Mental hospitals Bombay report 1921-28 - 1921-1928
Year: 1921
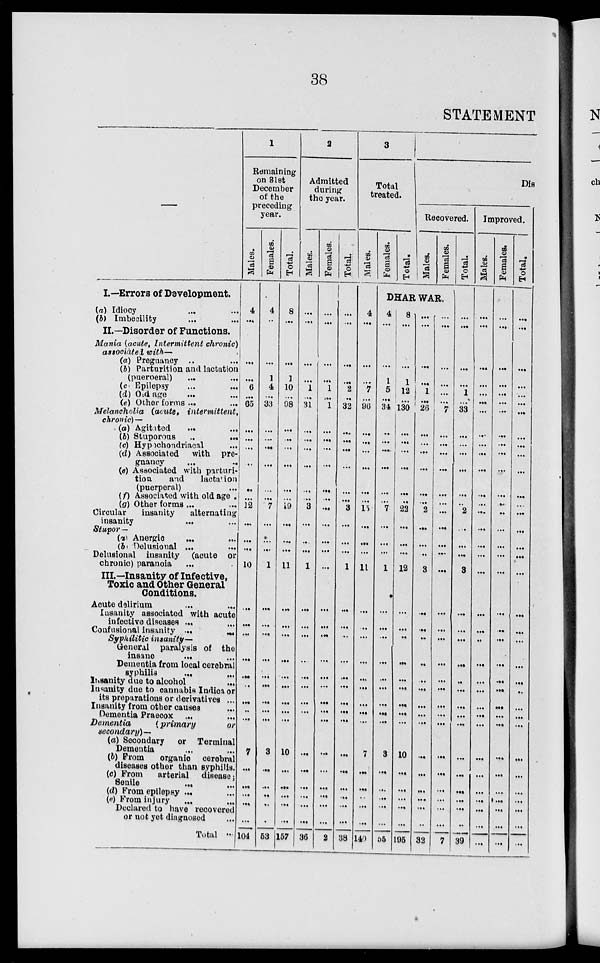
38
STATEMENT
I.—Errors of Development.
(a) Idiocy ... ...
(b) Imbecility ... ...
II.—Disorder of Functions.
Mania (acute, Intermittent chronic)
associated with—
(a) Pregnancy ... ...
(b) Parturition and lactation
(pueroeral) ... ...
(c) Epilepsy... ...
(d) Old age... ...
(e) Other forms ...
Melancholia (acute,
intermittent,
chronic)—
(a) Agitated ... ...
(b) Stuporous
...
...
(c) Hypochondriacal ...
(d) Associated
with pre-
gnancy
...
...
(a) Associated with parturi-
tion
and
lactation
(puerperal) ...
(f) Associated with old age .
(g) Other forms ... ...
Circular
insanity
alternating
insanity
...
...
Stupor—
(a) Anergic... ...
(b) Delusional ... ...
Delusional insanity (acute or
chronic) paranoia ...
III.—Insanity of Infective,
Toxic and Other General
Conditions.
Acute delirium
...
...
Insanity associated with acute
infective diseases
...
...
Confnsional insanity ...
...
Syphilitic insanity—
General paralysis of the
insane ... ...
Dementia from local cerebral
syphilis ... ...
Insanity due to alcohol
...
Insanity due to cannabis Indica or
its preparations or derivatives ...
Insanity from other causes ...
Dementia Praecox ... ...
Dementia
(primary
or
secondary)—
(a) Secondary
or Terminal
Dementia ... ...
(b) From organic cerebral
diseases other than syphilis.
(c) From
arterial disease;
Senile
... ...
(d) From epilepsy ... ...
(e) From injury... ...
Declared to have recovered
or not yet diagnosed ...
Total ...
1
Remaining
on 31st
December
of the
preceding
year.
Males.
4
...
...
...
6
...
65
...
...
...
...
...
...
12
...
...
...
10
...
...
...
...
...
...
...
...
...
7
...
...
...
...
...
104
Females.
4
...
...
1
4
...
33
...
...
...
...
...
...
7
...
...
...
1
...
...
...
...
...
...
...
...
...
3
...
...
...
...
...
53
Total.
8
...
...
1
10
...
98
...
...
...
...
...
...
19
...
...
...
11
...
...
...
...
...
...
...
...
...
10
...
...
...
...
...
157
2
Admitted
during
the year.
Males.
...
...
...
1
...
31
...
...
...
...
...
3
...
...
...
1
...
...
...
...
...
...
...
...
...
...
...
...
...
...
36
Females.
...
...
...
...
1
...
1
...
...
...
...
...
...
...
...
...
...
...
...
...
...
...
...
...
...
...
...
...
...
...
...
...
...
2
Total.
...
...
...
...
2
...
32
...
...
...
...
...
...
3
...
...
...
1
...
...
...
...
...
...
...
...
...
...
...
...
...
...
...
38
3
Total
treated.
Males.
4
...
...
...
7
...
96
...
...
...
...
...
...
15
...
...
...
11
...
...
...
...
...
...
...
...
...
7
...
...
...
...
...
149
Females.
Total.
Dis
Recovered.
Males.
Females.
DHARWAR.
4
...
...
1
5
...
34
...
...
...
...
...
...
7
...
...
...
1
...
...
...
...
...
...
...
...
...
3
...
...
...
...
...
55
8
...
...
1
12
...
130
...
...
...
...
...
..
22
...
...
...
12
...
...
...
...
...
...
...
...
...
10
...
...
...
...
...
195
...
...
...
...
1
...
26
...
...
...
...
...
...
2
...
...
...
3
...
...
...
...
...
...
...
...
...
...
...
...
...
...
..
32
...
...
...
...
...
...
7
...
...
...
...
...
...
...
...
...
...
...
...
...
...
...
...
...
...
...
...
...
...
...
...
...
...
7
Total.
...
...
...
...
1
...
33
...
...
...
...
...
...
2
...
...
...
3
...
...
...
...
...
...
...
...
...
...
...
...
...
...
...
39
Improved.
Males.
...
...
...
...
...
...
...
...
...
...
...
...
...
...
...
...
...
...
...
...
..
...
...
...
...
...
...
...
...
...
...
...
...
Females.
...
...
...
...
...
...
...
...
...
...
...
...
...
..
...
...
...
...
...
...
...
...
...
...
...
...
...
...
...
...
...
...
...
...
Total.
...
...
...
...
...
...
...
...
...
...
...
...
...
...
...
...
...
...
..
...
...
...
...
...
...
...
...
...
...
...
...
...
...